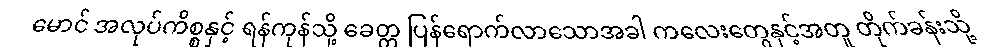
မောင် အလုပ်ကိစ္စနှင့် ရန်ကုန်သို့ ခေတ္တ ပြန်ရောက်လာသောအခါ ကလေးတွေနှင့်အတူ တိုက်ခန်းသို့